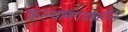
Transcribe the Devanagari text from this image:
कल्याणगडावरील